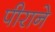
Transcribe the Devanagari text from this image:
पीराने